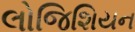
લોજિશિયન